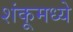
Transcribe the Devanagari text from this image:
शंकूमध्ये